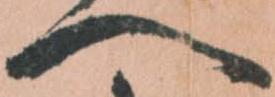
へ